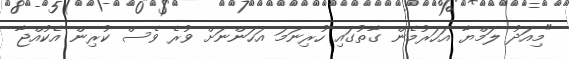
"މިއަދު ލަމްޔާ އަހަރުމެން ގާތުގައި ހުރިނަމަ އަހަންނަށް ވުރެ ވެސް ކުރިން އެކުއްޖާ